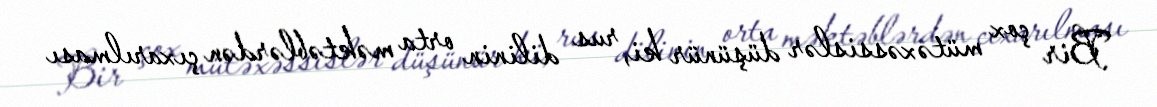
Bir çox mütəxəssislər düşünür ki, rus dilinin orta məktəblərdən çıxarılması